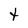
Character: t